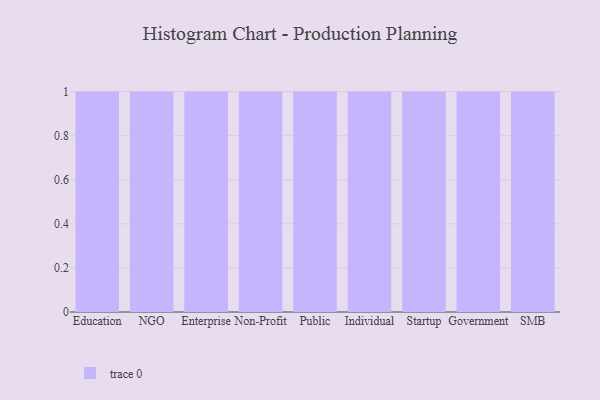
{"axis": {"x": "Segment", "y": "Active Users"}, "legend": [""], "data": [{"x": "Education", "y": 23, "type": ""}, {"x": "NGO", "y": 52, "type": ""}, {"x": "Enterprise", "y": 86, "type": ""}, {"x": "Non-Profit", "y": 78, "type": ""}, {"x": "Public", "y": 28, "type": ""}, {"x": "Individual", "y": 83, "type": ""}, {"x": "Startup", "y": 74, "type": ""}, {"x": "Government", "y": 48, "type": ""}, {"x": "SMB", "y": 67, "type": ""}]}